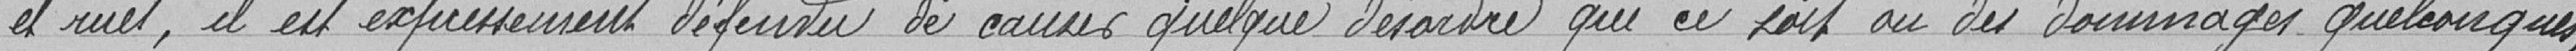
"et rues, il est expressément défendu de causer quelque désordre que ce soit ou des dommages quelconques,